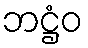
ဘဋ္ဌံဝ